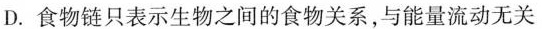
D.食物链只表示生物之间的食物关系，与能量流动无关